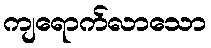
ကျရောက်လာသော